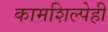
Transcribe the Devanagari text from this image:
कामशिल्पेही